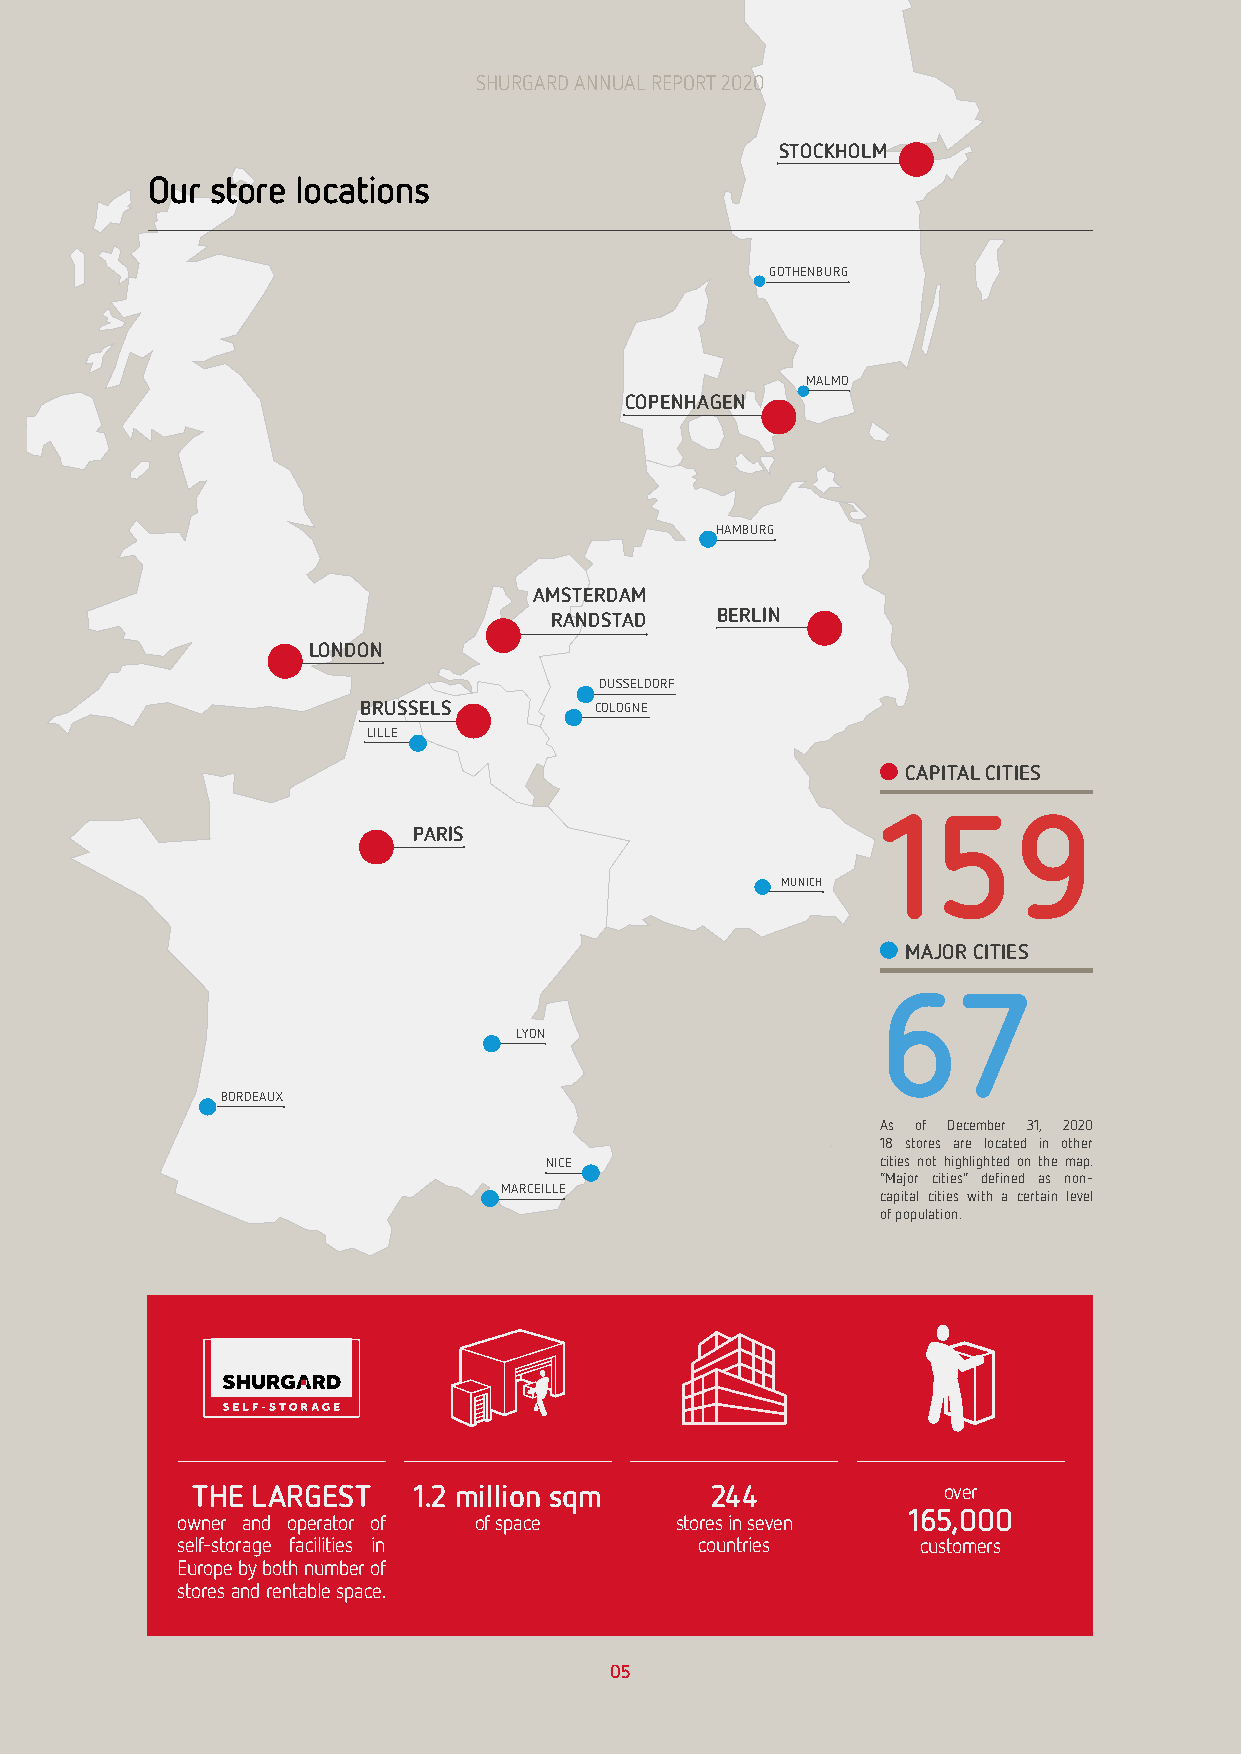
SHURGARD ANNUAL REPORT 2020     SHURGARD ANNUAL REPORT 2020
 STOCKHOLM
 Our store locations
 gothenburg
 malmo
 COPENHAGEN
 hamburg
 AMSTERDAM
 RANDSTAD   BERLIN
 LONDON
 dusseldorf
 BRUSSELS       cologne
 lille
 CAPITAL CITIES
 159
 PARIS
 munich
 MAJOR CITIES
 67
 lyon
 bordeaux
 As of December 31, 2020
 18 stores are located in other
 nice                  cities not highlighted on the map.
 “Major cities” defined as non-
 marceille
 capital cities with a certain level
 of population.
 THE LARGEST   1.2 million sqm     244            over
 165,000
 owner and operator of of space   stores in seven
 self-storage facilities in        countries      customers
 Europe by both number of
 stores and rentable space.
 05